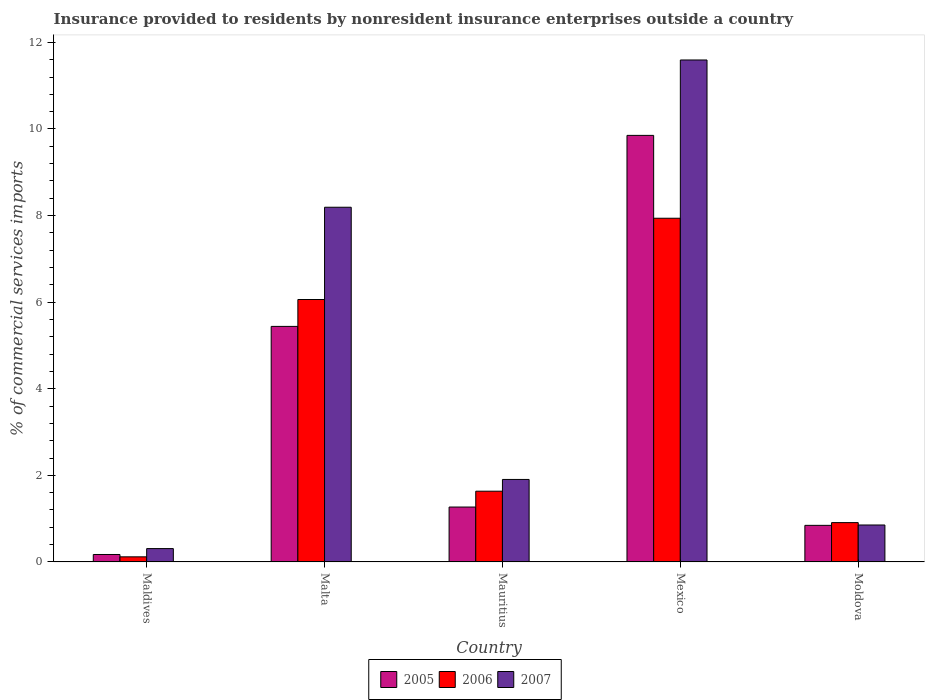
| Country | 2005 | 2006 | 2007 |
 | --- | --- | --- | --- |
 | Maldives | 0.172 | 0.118 | 0.308 |
 | Malta | 5.44 | 6.06 | 8.19 |
 | Mauritius | 1.27 | 1.63 | 1.91 |
 | Mexico | 9.85 | 7.94 | 11.6 |
 | Moldova | 0.845 | 0.908 | 0.853 |